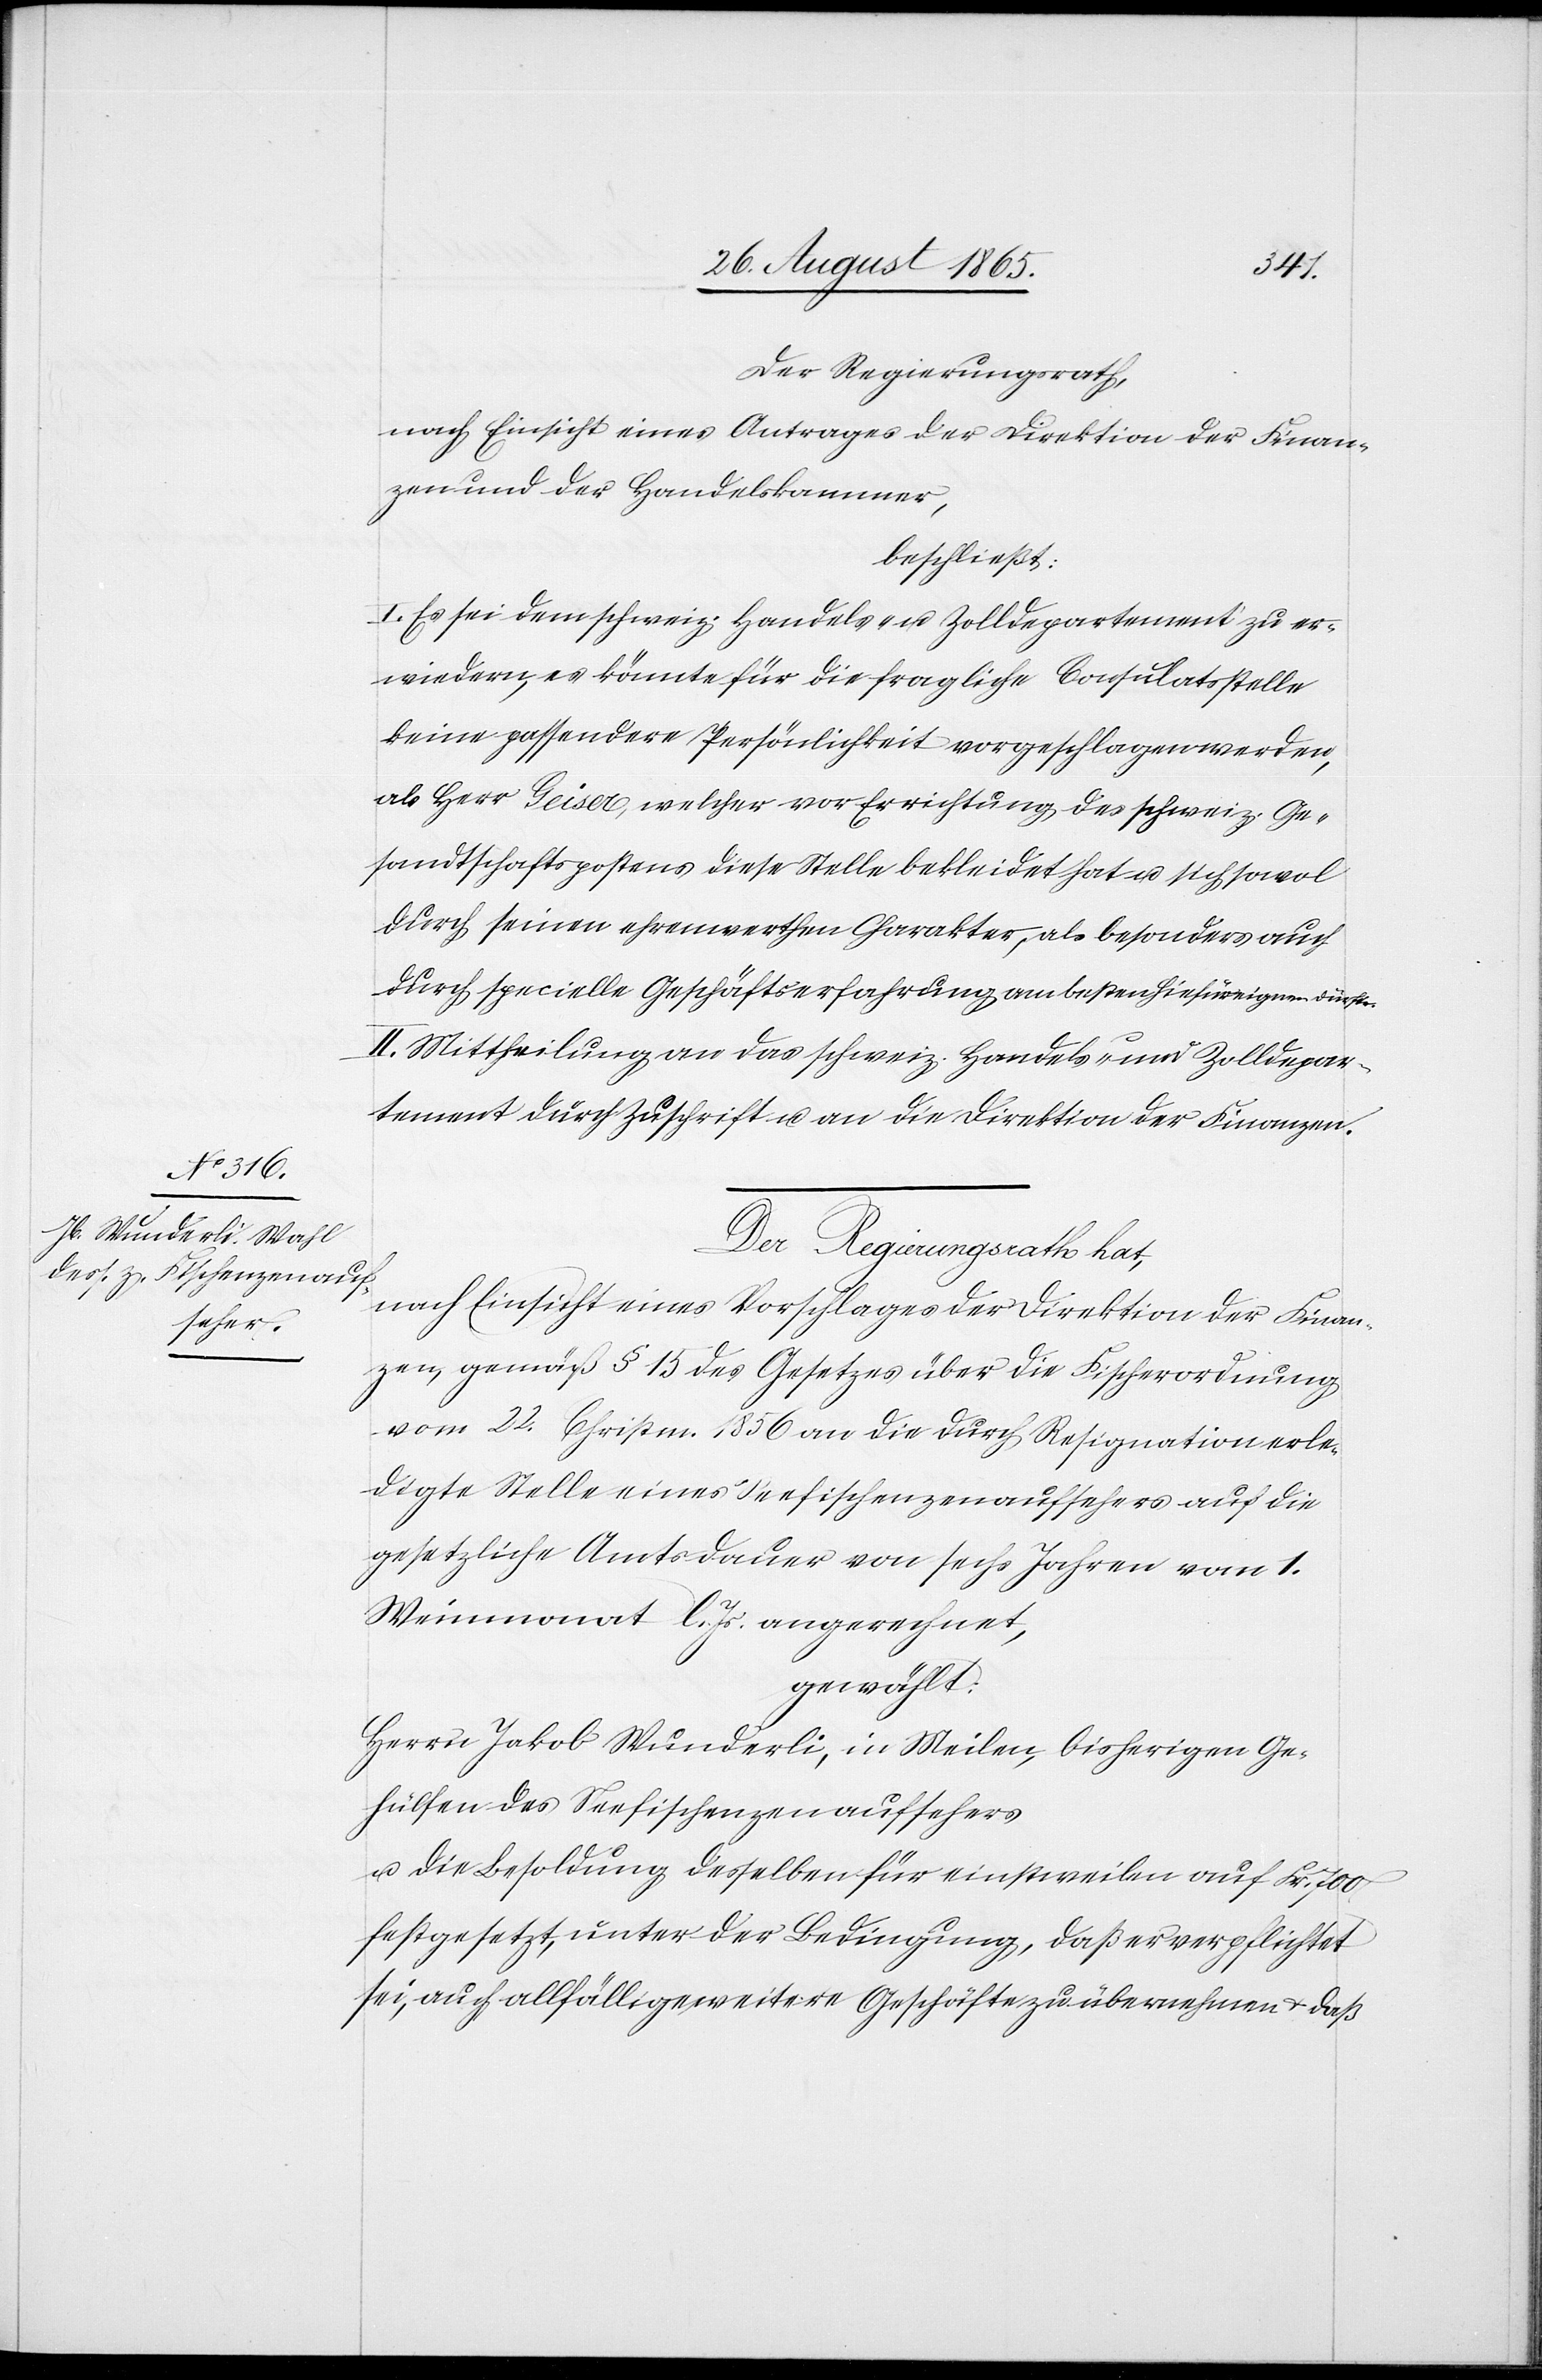
Der Regierungsrath,
nach Einsicht eines Antrages der Direktion der Finan¬
zen und der Handelskammer,
beschließt:
I. Es sei dem schweiz. Handels- u. Zolldepartement zu er¬
wiedern, es könnte für die fragliche Consulatsstelle
keine passendere Persönlichkeit vorgeschlagen werden,
als Herr Geiser, welcher vor Errichtung des schweiz. Ge¬
sandtschaftspostens diese Stelle bekleidet hat u. sich sowol
durch seinen ehrenwerthen Charakter, als besonders auch
durch specielle Geschäftserfahrung am besten hiefür eignen dürfte.
II. Mittheilung an das schweiz. Handels- u. Zolldepar¬
tement durch Zuschrift u. an die Direktion der Finanzen.
Der Regierungsrath hat,
nach Einsicht eines Vorschlages der Direktion der Finan¬
zen, gemäß § 15 des Gesetzes über die Fischerordnung
vom 22. Christm. 1856 an die durch Resignation erle¬
digte Stelle eines Seefischenzenaufsehers auf die
gesetzliche Amtsdauer von sechs Jahren vom 1.
Weinmonat l. Js. angerechnet,
gewählt
Herrn Jakob Wunderli, in Meilen, bisherigen Ge¬
hülfen des Seefischenzenaufsehers
u. die Besoldung desselben für einstweilen auf Fr. 700
festgesetzt, unter der Bedingung, daß er verpflichtet
sei, auch allfällige weitere Geschäfte zu übernehmen u. daß